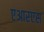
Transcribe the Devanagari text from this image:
एआरएस